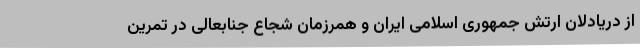
از دریادلان ارتش جمهوری اسلامی ایران و همرزمان شجاع جنابعالی در تمرین